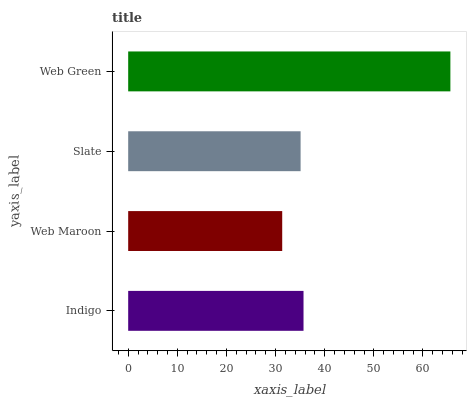
| yaxis_label | bars |
 | --- | --- |
 | Indigo | 35.7 |
 | Web Maroon | 31.4 |
 | Slate | 35.1 |
 | Web Green | 65.6 |